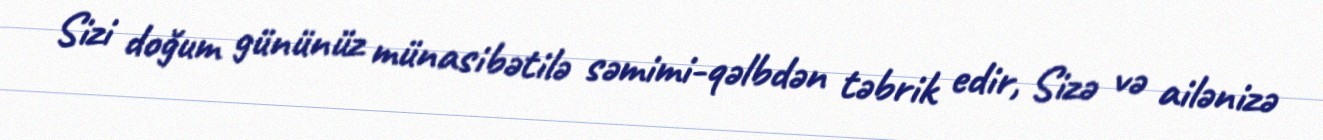
Sizi doğum gününüz münasibətilə səmimi-qəlbdən təbrik edir, Sizə və ailənizə